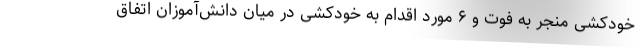
خودکشی منجر به فوت و ۶ مورد اقدام به خودکشی در میان دانش‌آموزان اتفاق